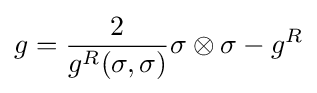
g={\frac {2}{g^{R}(\sigma ,\sigma )}}\sigma \otimes \sigma -g^{R}